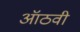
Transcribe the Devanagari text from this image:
ऑठवी